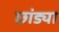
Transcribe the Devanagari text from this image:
छांड्या